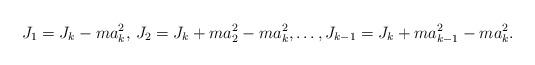
LaTeX: \begin{align*}J_1=J_k-ma_k^2,\, J_2=J_k+ma_2^2-ma_k^2, \dots,J_{k-1}=J_k+ma_{k-1}^2-ma_k^2.\end{align*}